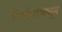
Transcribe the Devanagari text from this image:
निर्णयामधून